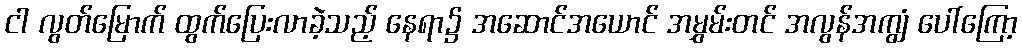
ငါ လွတ်မြောက် ထွက်ပြေးလာခဲ့သည့် နေရာ၌ အဆောင်အယောင် အမွှမ်းတင် အလွန်အကျွံ ပေါ်ကြော့